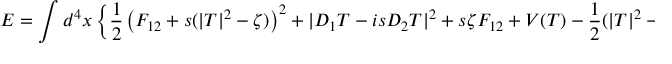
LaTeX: E = \int d ^ { 4 } x \left\{ \frac 1 2 \left( F _ { 1 2 } + s ( | T | ^ { 2 } - \zeta ) \right) ^ { 2 } + | D _ { 1 } T - i s D _ { 2 } T | ^ { 2 } + s \zeta F _ { 1 2 } + V ( T ) - \frac 1 2 ( | T | ^ { 2 } - \zeta ) ^ { 2 } \right\}